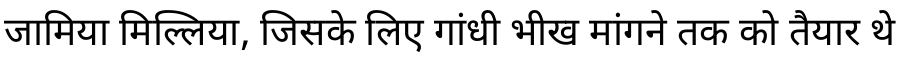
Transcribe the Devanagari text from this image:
जामिया मिल्लिया, जिसके लिए गांधी भीख मांगने तक को तैयार थे